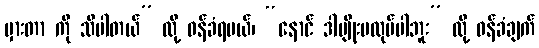
မှားတာ ကို သိပါတယ်” လို့ ဝန်ခံရမယ်၊ “နောင် ဒါမျိုးမလုပ်ပါဘူး” လို့ ဝန်ခံချက်